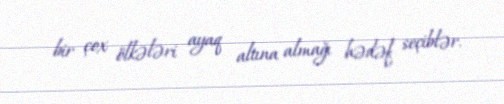
bir çox ölkələri ayaq altına almağı hədəf seçiblər.